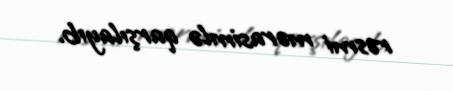
rəsmi mərasimlə qarşılayıb.